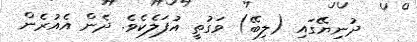
ދުނިޔޭގައި (ލިބޭ) ވަގުތީ އުފަލެކެވެ. ދެން އެއުރެން